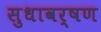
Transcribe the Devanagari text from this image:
सुधावर्षण